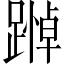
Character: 𨄵